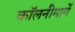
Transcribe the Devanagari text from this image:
कॉलनीमार्गे